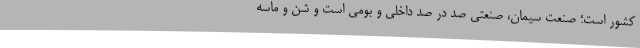
کشور است؛ صنعت سیمان، صنعتی صد در صد داخلی و بومی است و شن و ماسه